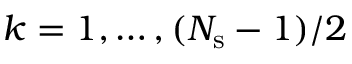
k = 1 , \ldots , ( N _ { \mathrm { s } } - 1 ) / 2